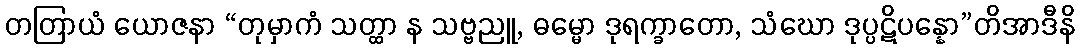
တတြာယံ ယောဇနာ “တုမှာကံ သတ္ထာ န သဗ္ဗညူ, ဓမ္မော ဒုရက္ခာတော, သံဃော ဒုပ္ပဋိပန္နော”တိအာဒီနိ